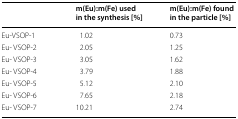
|  | m(Eu):m(Fe) used in the synthesis [%] | m(Eu):m(Fe) found in the particle [%] |
 | --- | --- | --- |
 | Eu-VSOP-1 | 1.02 | 0.73 |
 | Eu- VSOP-2 | 2.05 | 1.25 |
 | Eu- VSOP-3 | 3.05 | 1.62 |
 | Eu- VSOP-4 | 3.79 | 1.88 |
 | Eu- VSOP-5 | 5.12 | 2.10 |
 | Eu- VSOP-6 | 7.65 | 2.18 |
 | Eu- VSOP-7 | 10.21 | 2.74 |